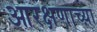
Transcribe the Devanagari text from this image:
आरक्षणाच्य़ा